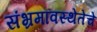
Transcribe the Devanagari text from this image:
संभ्रमावस्थेतेचे